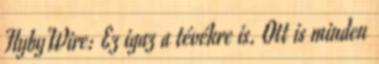
FlybyWire: Ez igaz a tévékre is. Ott is minden